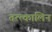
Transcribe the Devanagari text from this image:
तत्त्कालिन